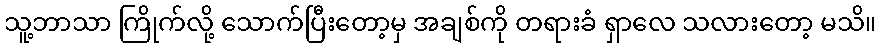
သူ့ဘာသာ ကြိုက်လို့ သောက်ပြီးတော့မှ အချစ်ကို တရားခံ ရှာလေ သလားတော့ မသိ။